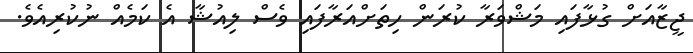
ޖީޒާއަށް ގުޅާފައި މަޝްވަރާ ކުރަން ހިތަށްއަރާފައި ވެސް ލިއުޝާ އެ ކަމެއް ނުކުރިއެވެ.